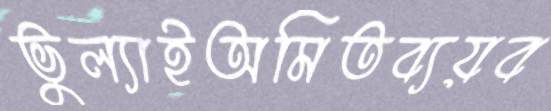
ভুল্যাইঅমিতব্যয়ব